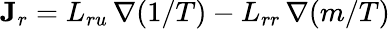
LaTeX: \mathbf{J}_{r}=L_{ru}\, \nabla(1/T)-L_{rr}\, \nabla(m/T)